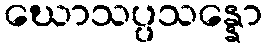
ဃောသပ္ပသန္နော